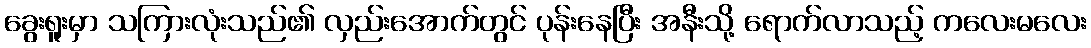
ခွေးရူးမှာ သကြားလုံးသည်၏ လှည်းအောက်တွင် ပုန်းနေပြီး အနီးသို့ ရောက်လာသည့် ကလေးမလေး